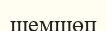
шемшөп